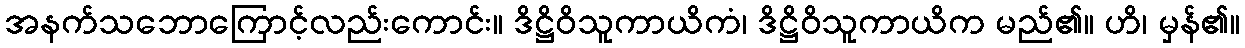
အနက်သဘောကြောင့်လည်းကောင်း။ ဒိဋ္ဌိဝိသူကာယိကံ၊ ဒိဋ္ဌိဝိသူကာယိက မည်၏။ ဟိ၊ မှန်၏။